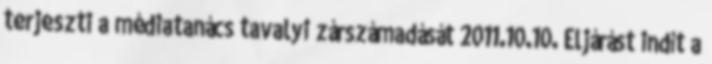
terjeszti a médiatanács tavalyi zárszámadását 2011.10.10. Eljárást indít a